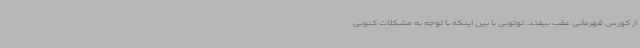
از کورس قهرمانی عقب بیفتد. توتونی با بین اینکه با توجه به مشکلات کنونی